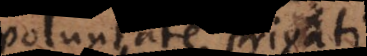
voluntate privati